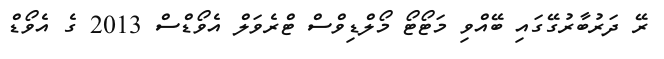
ރޭ ދަރުބާރުގޭގައި ބޭއްވި މަޓޯޓޯ މޯލްޑިވްސް ޓްރެވަލް އެވޯޑްސް 2013 ގެ އެވޯޑް